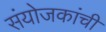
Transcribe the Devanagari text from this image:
संयोजकांची